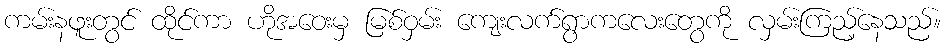
ကမ်းနဖူးတွင် ထိုင်ကာ ဟိုအဝေးမှ မြစ်ဝှမ်း ကျေးလက်ရွာကလေးတွေကို လှမ်းကြည့်နေသည်။